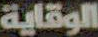
الوقاية